Civil Veterinary Department Bihar & Orissa reports 1922-29 - 1922-1929
Year: 1922
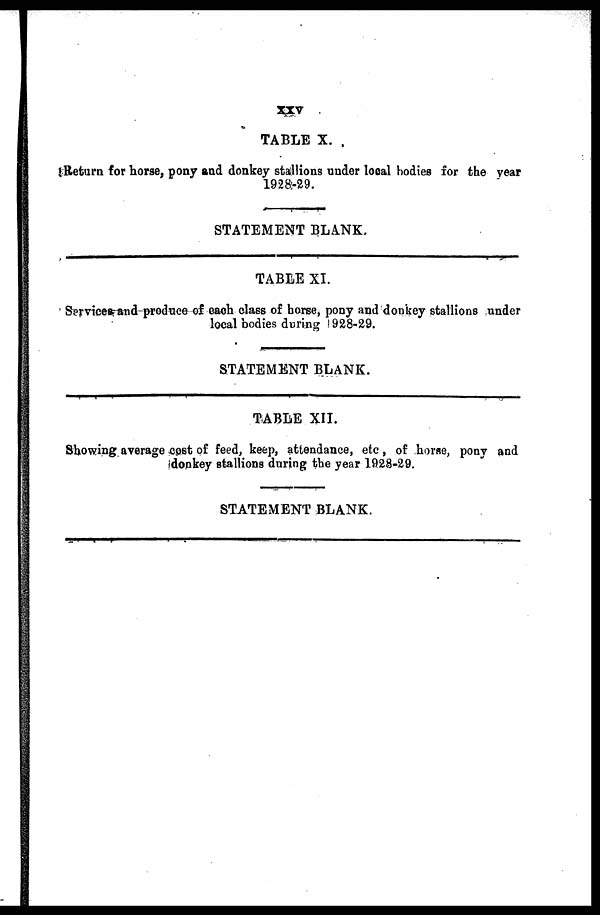
XXV
TABLE X.
Return for horse, pony and donkey stallions under local bodies for the year
1928-29.
STATEMENT BLANK.
TABLE XI.
Service and produce of each class of horse, pony and donkey stallions tinder
local bodies during 928-29.
STATEMENT BLANK.
TABLE XII.
Showing average cost of feed, keep, attendance, etc, of home, pony and
donkey stallions during the year 1928-29.
STATEMENT BLANK.